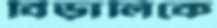
বিড়ালিকে